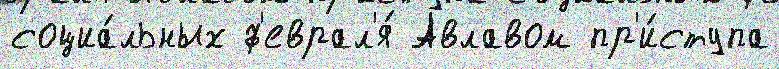
социа́льных ф'еврал'я́ Авлавом пр'и́ступа